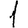
Digit: 1